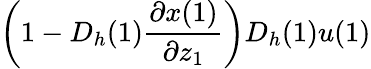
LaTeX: \left(1-D_{h}(1)\frac{\partial x(1)}{\partial z_{1}}\right)D_{h}(1)u(1)